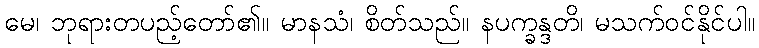
မေ၊ ဘုရားတပည့်တော်၏။ မာနသံ၊ စိတ်သည်။ နပက္ခန္ဒတိ၊ မသက်ဝင်နိုင်ပါ။